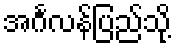
အင်္ဂလန်ပြည်သို့